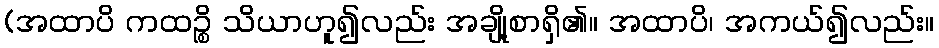
(အထာပိ ကထဉ္စိ သိယာဟူ၍လည်း အချို့စာရှိ၏။ အထာပိ၊ အကယ်၍လည်း။